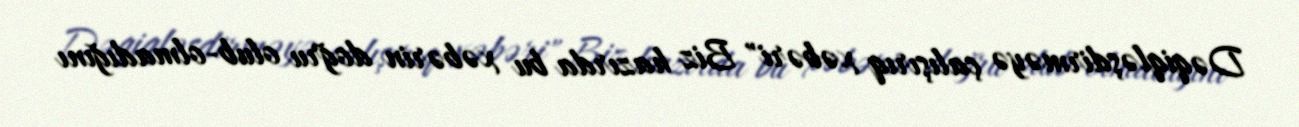
Dəqiqləşdirməyə çalışırıq xəbəri" Biz hazırda bu xəbərin doğru olub-olmadığını